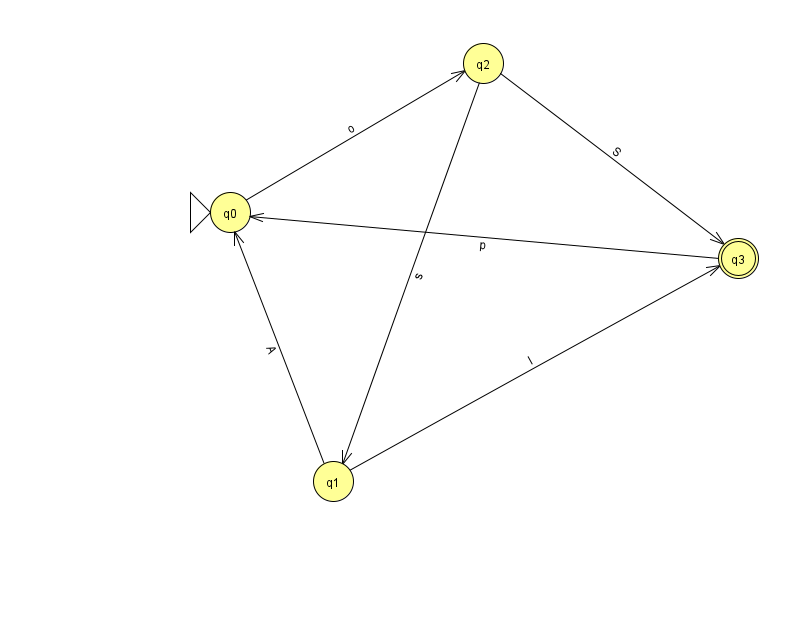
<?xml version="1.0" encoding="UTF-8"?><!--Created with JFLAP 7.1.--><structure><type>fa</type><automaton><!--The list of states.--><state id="0" name="q0"><x>230.0</x><y>199.0</y><initial/></state><state id="1" name="q1"><x>333.0</x><y>468.0</y></state><state id="2" name="q2"><x>483.0</x><y>50.0</y></state><state id="3" name="q3"><x>738.0</x><y>245.0</y><final/></state><!--The list of transitions.--><transition><from>3</from><to>0</to><read>p</read></transition><transition><from>1</from><to>3</to><read>I</read></transition><transition><from>0</from><to>2</to><read>o</read></transition><transition><from>2</from><to>1</to><read>s</read></transition><transition><from>2</from><to>3</to><read>S</read></transition><transition><from>1</from><to>0</to><read>A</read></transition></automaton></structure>